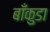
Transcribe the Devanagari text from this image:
बाँकुडा